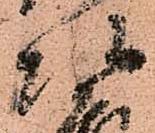
頭